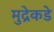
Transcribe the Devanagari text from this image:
मुद्रेकडे